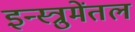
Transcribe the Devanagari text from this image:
इन्स्त्रुमेंतल